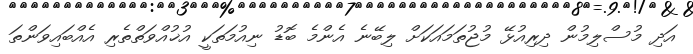
އަދި މުސްލިމުން ދިރިއުޅޭ މުޖުތަމައަކަށް ލިބޭނެ އެންމެ ބޮޑު ނިއުމަތަކީ އުޚުއްވަތްތެރި އެއްބައިވަންތަ